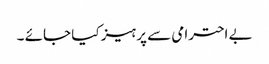
بے احترامی سے پرہیز کیا جائے ۔